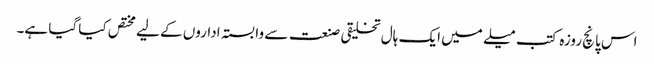
اس پانچ روزہ کتب میلے میں ایک ہال تخلیقی صنعت سے وابستہ اداروں کے لیے مختص کیا گیا ہے۔